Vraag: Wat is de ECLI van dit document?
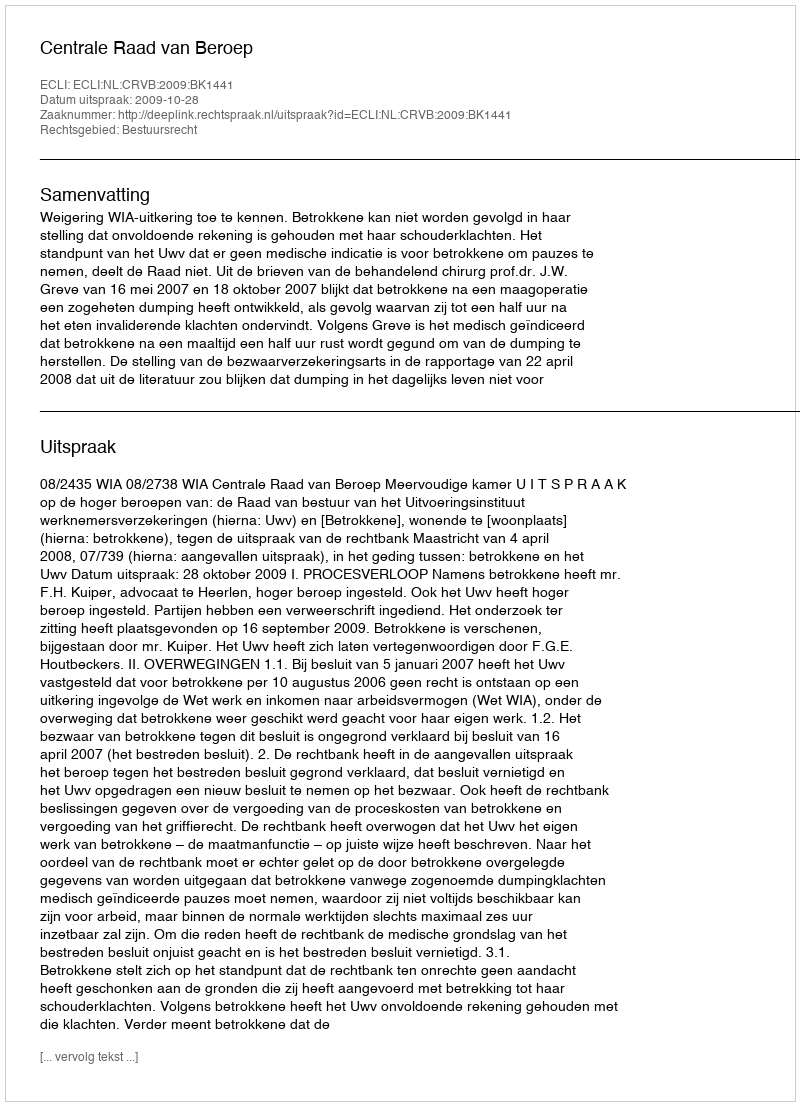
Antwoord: ECLI:NL:CRVB:2009:BK1441